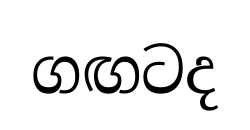
ගඟටද